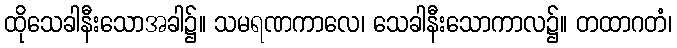
ထိုသေခါနီးသောအခါ၌။ သမရဏကာလေ၊ သေခါနီးသောကာလ၌။ တထာဂတံ၊